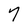
Character: 7